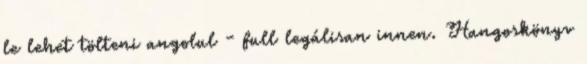
le lehet tölteni angolul - full legálisan innen. Hangoskönyv